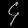
Digit: ၄